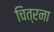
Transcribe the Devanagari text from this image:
चित्रना